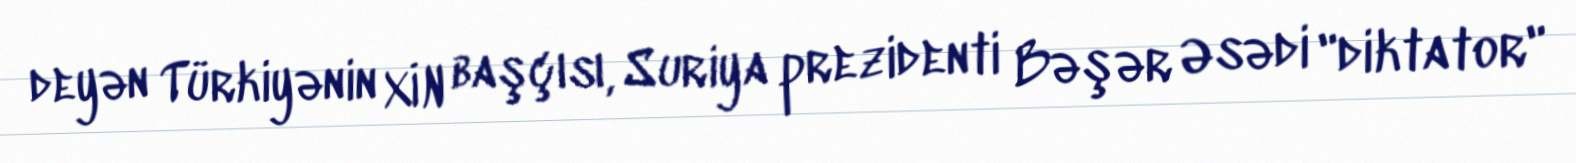
deyən Türkiyənin XİN başçısı, Suriya prezidenti Bəşər Əsədi "diktator"